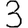
Digit: 3